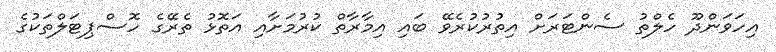
އިހަވަންދޫ ހެލްތު ސެންޓަރަށް އިތުރުކުރެވޭ ބައި އިމާރާތް ކުރުމަށާއި އަތޮޅު ތެރޭގެ ހޮސްޕިޓަލްތަކުގެ